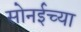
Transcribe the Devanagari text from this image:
सोनईच्या